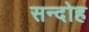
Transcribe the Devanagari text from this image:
सन्दोह